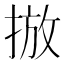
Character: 𱠓